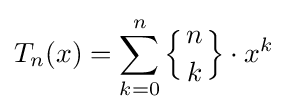
T_{n}(x)=\sum _{k=0}^{n}\left\{{n \atop k}\right\}\cdot x^{k}